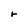
Character: r